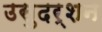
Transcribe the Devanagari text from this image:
उसुदर्शन